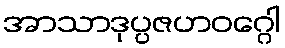
အာသာဒုပ္ပဇဟဝဂ္ဂေါ